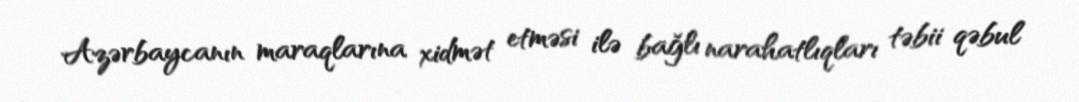
Azərbaycanın maraqlarına xidmət etməsi ilə bağlı narahatlıqları təbii qəbul